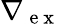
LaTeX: \nabla{}_{\mathrm{~e~x~}}